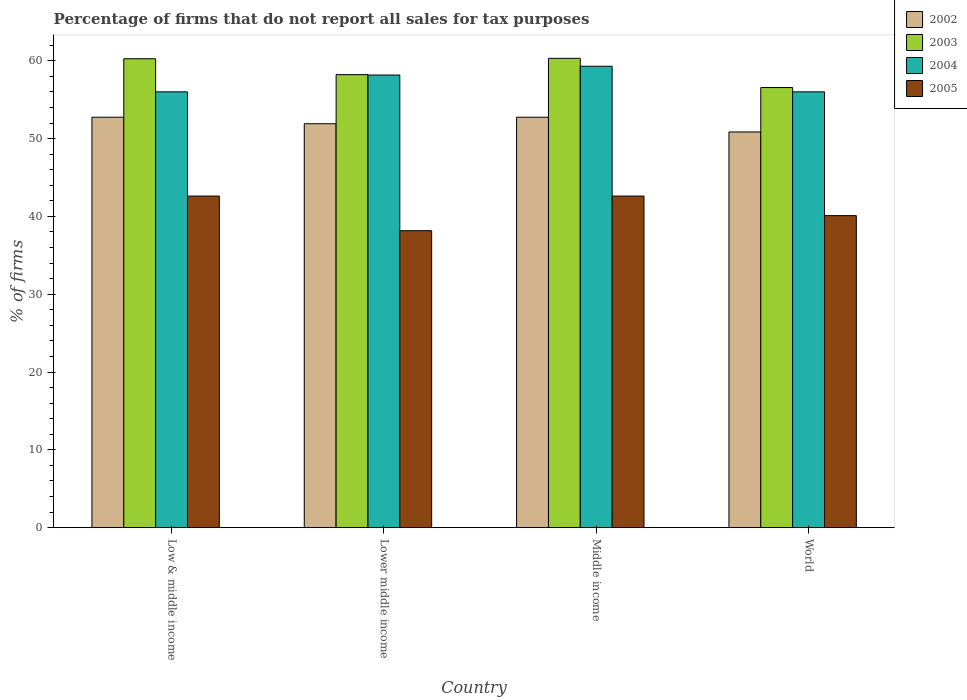
| Country | 2002 | 2003 | 2004 | 2005 |
 | --- | --- | --- | --- | --- |
 | Low & middle income | 52.7 | 60.3 | 56 | 42.6 |
 | Lower middle income | 51.9 | 58.2 | 58.2 | 38.2 |
 | Middle income | 52.7 | 60.3 | 59.3 | 42.6 |
 | World | 50.9 | 56.6 | 56 | 40.1 |